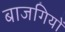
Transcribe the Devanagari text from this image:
बाजगियों